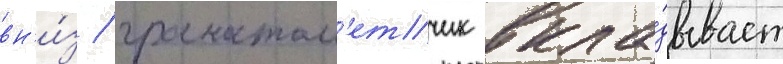
вн'и́з / гранатом'етчик вкла́дывает